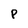
Character: P